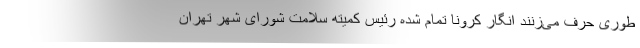
طوری حرف می‌زنند انگار کرونا تمام شده رئیس کمیته سلامت شورای شهر تهران